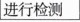
进行检测